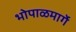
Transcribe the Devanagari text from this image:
भोपाळमार्गे